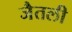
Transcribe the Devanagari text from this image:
जैतली